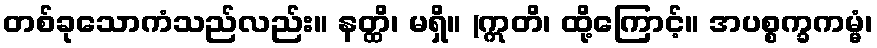
တစ်ခုသောကံသည်လည်း။ နတ္ထိ၊ မရှိ။ (ဣတိ၊ ထို့ကြောင့်။ အပစ္စက္ခကမ္မံ၊